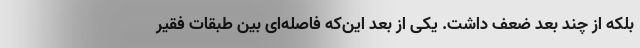
بلکه از چند بعد ضعف داشت. یکی از بعد این‌که فاصله‌ای بین طبقات فقیر